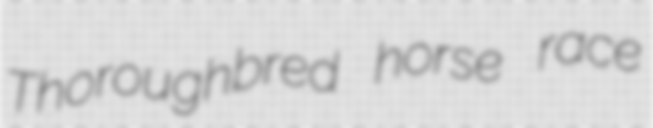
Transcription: Thoroughbred horse race